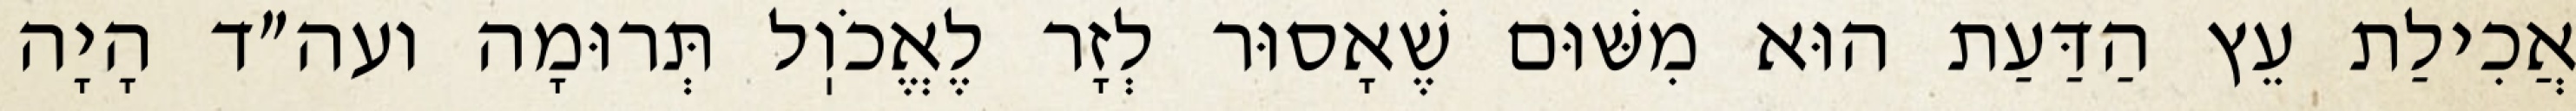
אֲכִילַת עֵץ הַדַּעַת הוּא מִשּׁוּם שֶׁאָסוּר לְזָר לֶאֱכֹוֽל תְּרוּמָה ועה״ד הָיָה